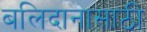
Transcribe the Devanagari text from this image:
बलिदानासाठी